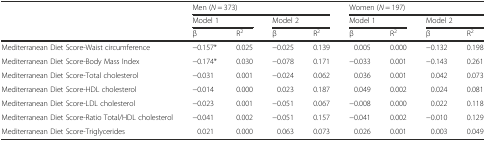
<table><thead><tr><td></td><td colspan="4"><b>Men (<i>N</i> = 373)</b></td><td colspan="4"><b>Women (<i>N</i> = 197)</b></td></tr><tr><td></td><td colspan="2"><b>Model 1</b></td><td colspan="2"><b>Model 2</b></td><td colspan="2"><b>Model 1</b></td><td colspan="2"><b>Model 2</b></td></tr><tr><td></td><td><b>β</b></td><td><b>R<sup>2</sup></b></td><td><b>β</b></td><td><b>R<sup>2</sup></b></td><td><b>β</b></td><td><b>R<sup>2</sup></b></td><td><b>β</b></td><td><b>R<sup>2</sup></b></td></tr></thead><tbody><tr><td>Mediterranean Diet Score-Waist circumference</td><td>−0.157*</td><td>0.025</td><td>−0.025</td><td>0.139</td><td>0.005</td><td>0.000</td><td>−0.132</td><td>0.198</td></tr><tr><td>Mediterranean Diet Score-Body Mass Index</td><td>−0.174*</td><td>0.030</td><td>−0.078</td><td>0.171</td><td>−0.033</td><td>0.001</td><td>−0.143</td><td>0.261</td></tr><tr><td>Mediterranean Diet Score-Total cholesterol</td><td>−0.031</td><td>0.001</td><td>−0.024</td><td>0.062</td><td>0.036</td><td>0.001</td><td>0.042</td><td>0.073</td></tr><tr><td>Mediterranean Diet Score-HDL cholesterol</td><td>−0.014</td><td>0.000</td><td>0.023</td><td>0.187</td><td>0.049</td><td>0.002</td><td>0.024</td><td>0.081</td></tr><tr><td>Mediterranean Diet Score-LDL cholesterol</td><td>−0.023</td><td>0.001</td><td>−0.051</td><td>0.067</td><td>−0.008</td><td>0.000</td><td>0.022</td><td>0.118</td></tr><tr><td>Mediterranean Diet Score-Ratio Total/HDL cholesterol</td><td>−0.041</td><td>0.002</td><td>−0.051</td><td>0.157</td><td>−0.041</td><td>0.002</td><td>−0.010</td><td>0.129</td></tr><tr><td>Mediterranean Diet Score-Triglycerides</td><td>0.021</td><td>0.000</td><td>0.063</td><td>0.073</td><td>0.026</td><td>0.001</td><td>0.003</td><td>0.049</td></tr></tbody></table>